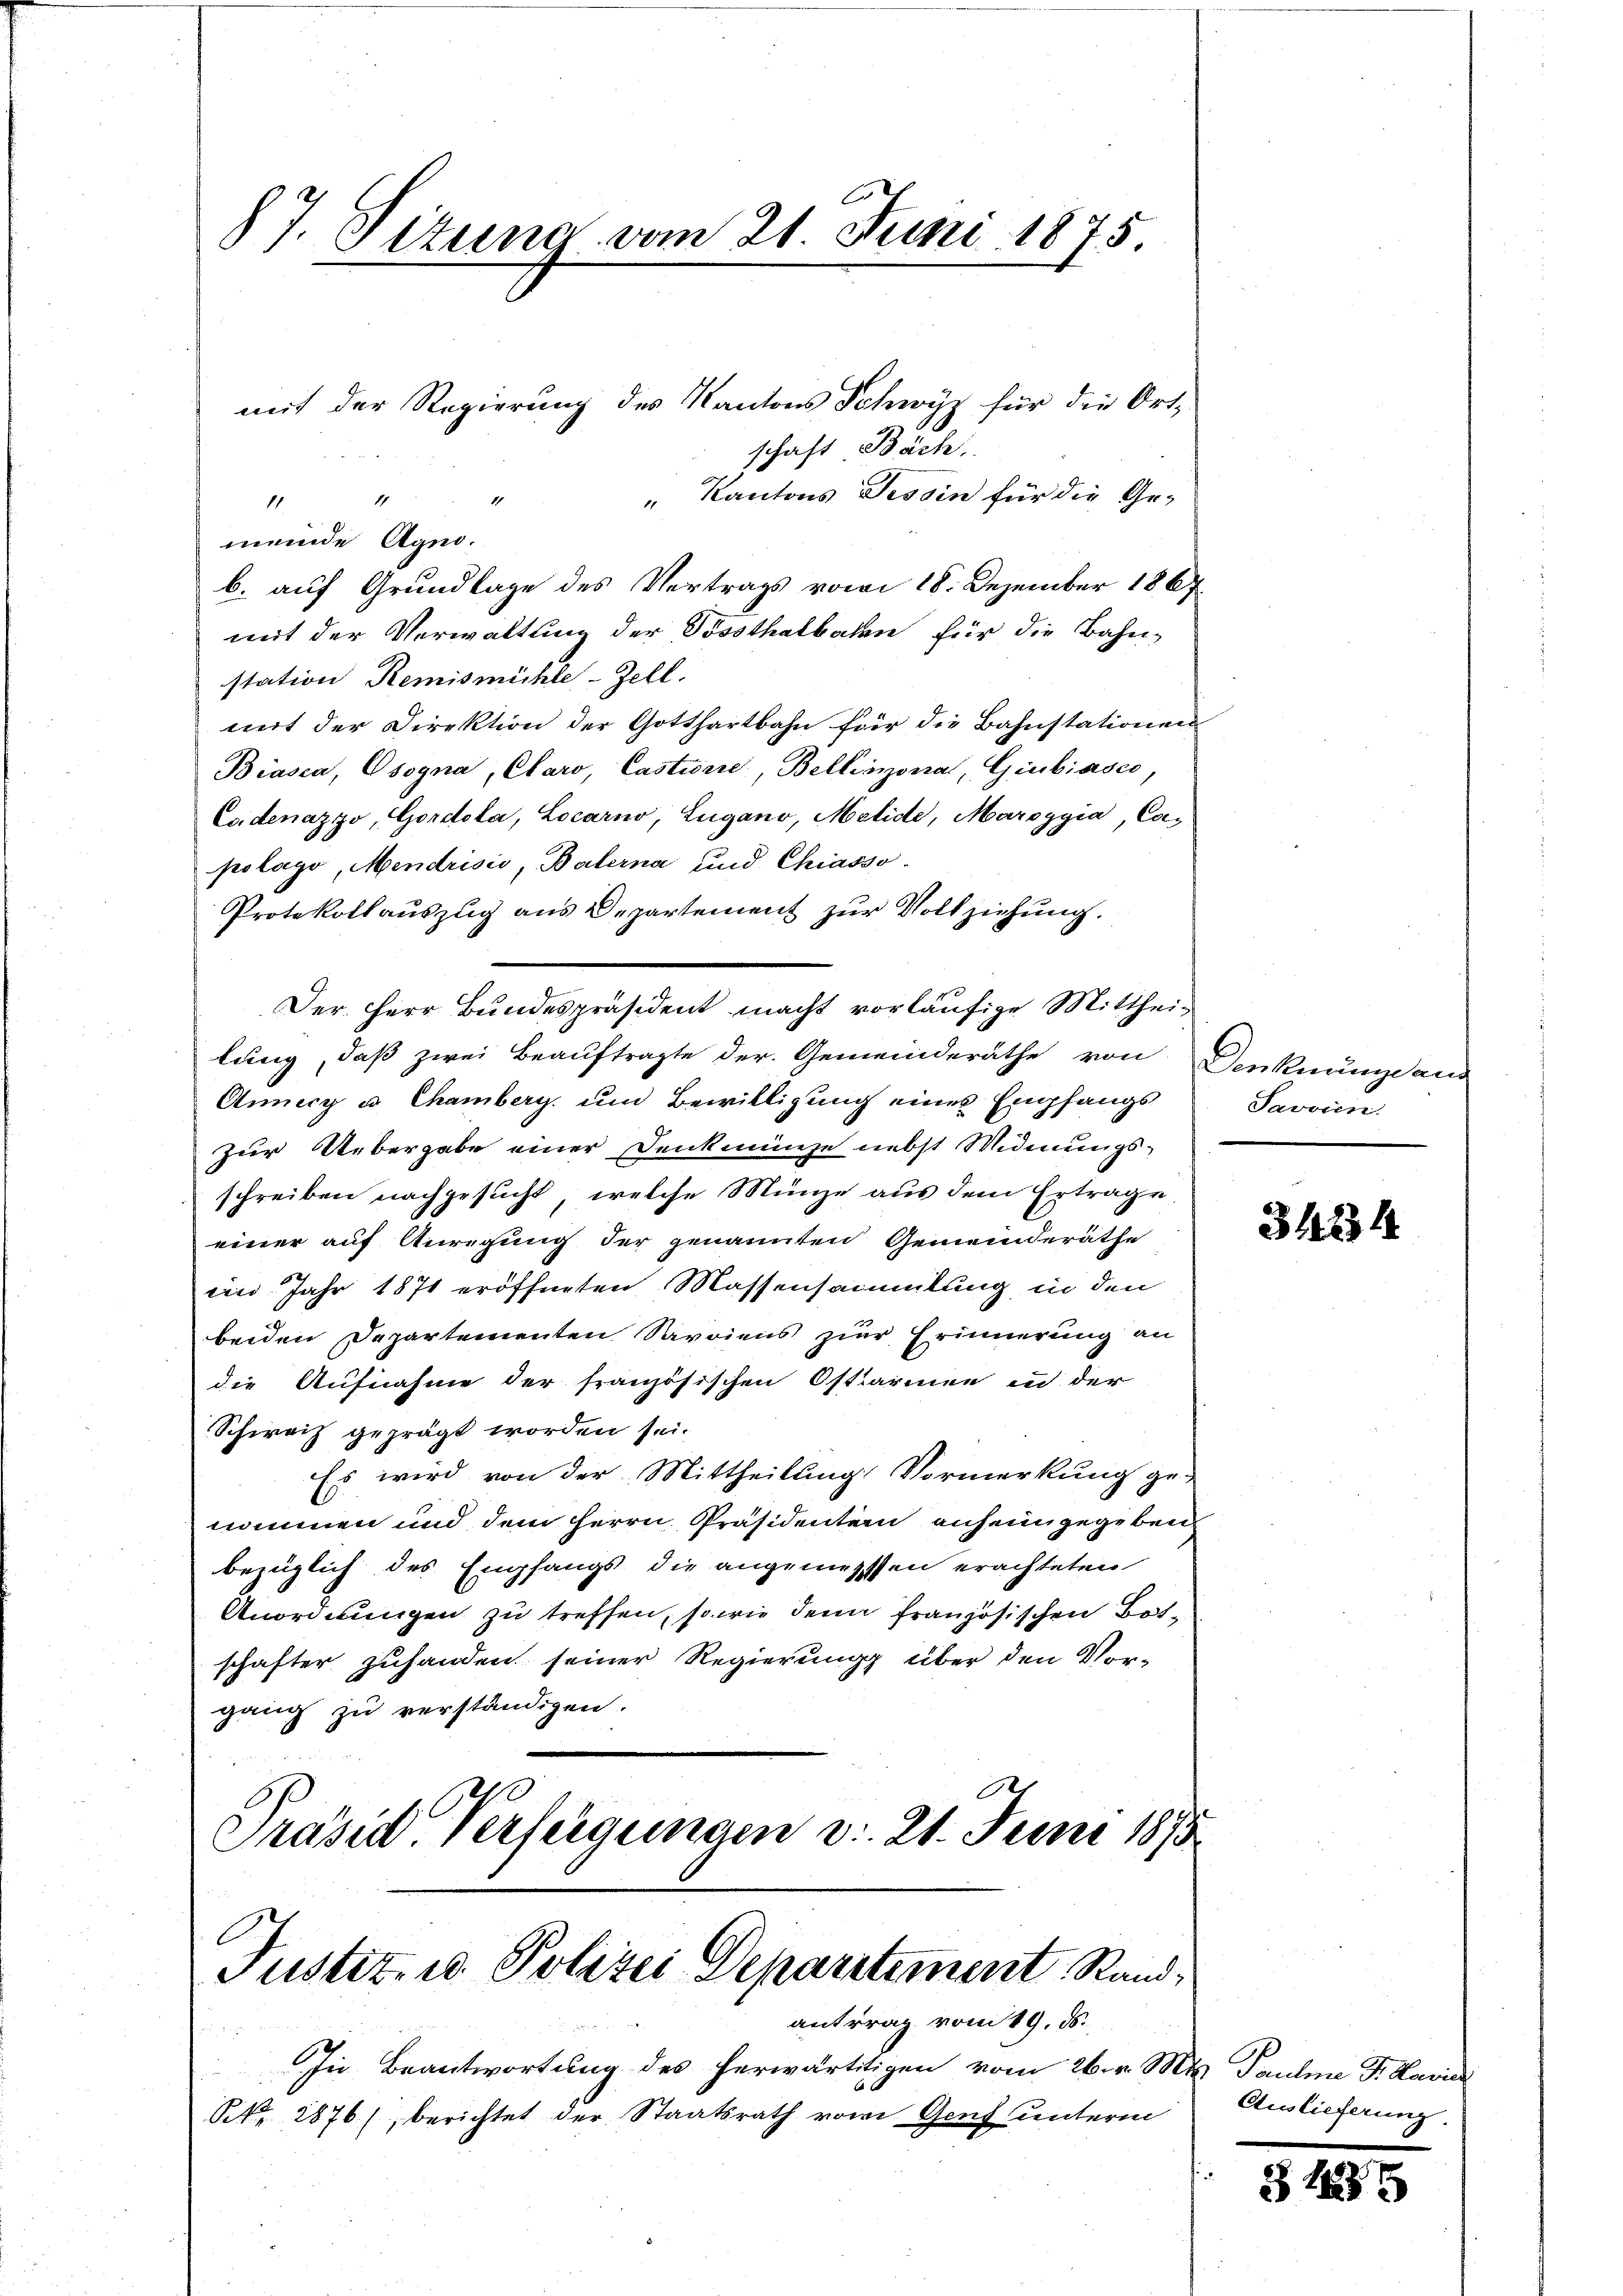
87. Situng vom 21. Juni 1875

mit der Regierung des Kantons Schwyz für die Ort-
schaft Bäch,
" Kantons Tessin für die Ge-
1
4
11
meinde Agno-
b. auf Grundlage des Vertrags vom 18. Dezember 1867
mit der Verwaltung der Vorsthalbahn für die Bahnstation, Remismühle-Zell.
mit der Direktion der Gotthartbahn für die Bahnstationen
Biasca, Osogna, Claro, Castiere, Bellinzona, Giubiasco,
Esidenazzo, Gordola, Locarno, Lugano, Melide, Maroggia, Ca-
polago, Mendrisis, Balerna und Chiasso.
Protokollauszug aus Departement zur Vollziehung.
Der Herr Bundespräsident macht vorläufige Mittheilung, daß zwei Beauftragte der Gemeinderäthe von
Anny u. Chamberg und Bewilligung eines Empfangs¬
Zur Uebergabe einer Denkmünze nebst Widmungsschreiben nachgesucht, welche Münze aus dem Ertrage
einer auf Anregung der genannten Gemeinderäthe
in Jahr 1871 eröffneten Massensammlung in den
beiden Departementen Savoiens zur Erinnerung an
die Aufnahme der französischen Ostiarien in der
Schweiz geprägt worden sei.
Es wird von der Mittheilung Vormerkung ge-
nommen und dem Herrn Präsidentern anheimgegeben
bezüglich des Empfangs die angemesssen erachteten
Anordnungen zu treffen, so wie denn französischen Botschafter zufanden seiner Regierung über den Vor-
gang zu verständigen.
h
Präsid. Verfügungen d. 21. Juni 1873
Justiz- u. Polizei Departement Rand¬

antrag vom 19. ds.

In Beantwortung des herwärtitigen vom 26. v. Mts. Pauline Fr. Marie
R 2876), berichtet der Staatsrath vom Genf unterm

Denknunge and
Savoien

3424

Auslieferung

3 189